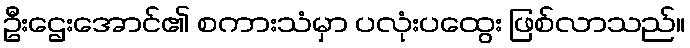
ဦးဌေးအောင်၏ စကားသံမှာ ပလုံးပထွေး ဖြစ်လာသည်။